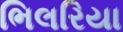
ભિલરિયા